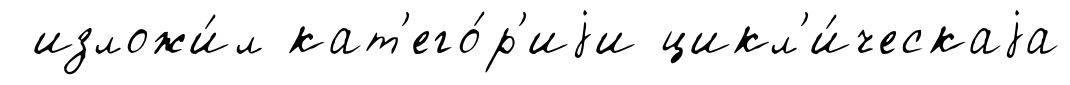
изложи́л кат'его́р'иjи цикл'и́ческаjа